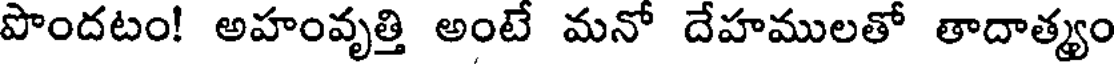
పొందటం! అహంవృత్తి అంటే మనో దేహములతో తాదాత్యం